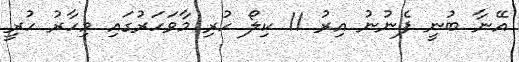
އޭނާ ބުނީ ފެނުނު އިރު 11 ކިލޯ ހުރި މާވަހަރުގައި މިހާރު ހުރީ